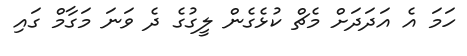
ހަމަ އެ އަދަަދަށް މެޗް ކުޅެގެން ލީގުގެ ދެ ވަނަ މަގާމް ގައި